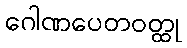
ဂေါဏပေတဝတ္ထု